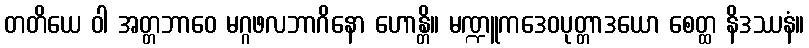
တတိယေ ဝါ အတ္တဘာဝေ မဂ္ဂဖလဘာဂိနော ဟောန္တိ။ မဏ္ဍူကဒေဝပုတ္တာဒယော စေတ္ထ နိဒဿနံ။